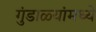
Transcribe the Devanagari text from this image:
गुंडाळ्यांमध्ये